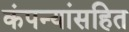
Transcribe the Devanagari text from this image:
कंपन्यांसहित